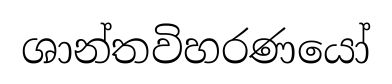
ශාන්තවිහරණයෝ